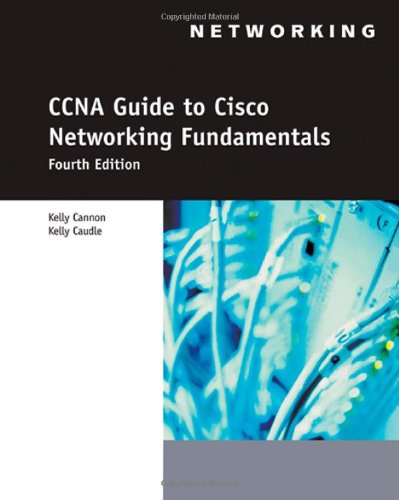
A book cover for CCNA Guide to Cisco Networking Fundamentals, 4th Edition; Kelly Cannon; Computers & Technology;